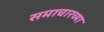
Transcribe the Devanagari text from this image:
समाचारच्या